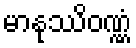
မာနုဿိဝဏ္ဏံ